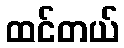
ထင်တယ်